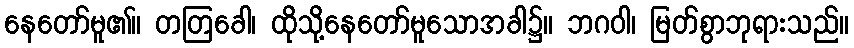
နေတော်မူ၏။ တတြခေါ၊ ထိုသို့နေတော်မူသောအခါ၌။ ဘဂဝါ၊ မြတ်စွာဘုရားသည်။